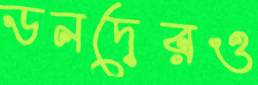
ডনদেরও